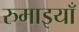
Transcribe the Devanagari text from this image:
रुमाइयाँ